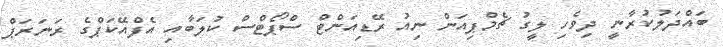
ބައްދަލުކުރާނީ ދިވެހި ލީގު ޗެމްޕިއަން ނިއު ރޭޑިއަންޓް ސްޕޯޓްސް ކުލަބާއި އެފްއޭކަޕްގެ ރަނަރަޕް